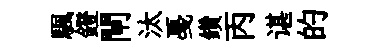
颿鐙閘汰戞鑽丙谌的